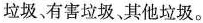
垃圾、有害垃圾、其他垃圾。